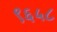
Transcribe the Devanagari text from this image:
९६५८